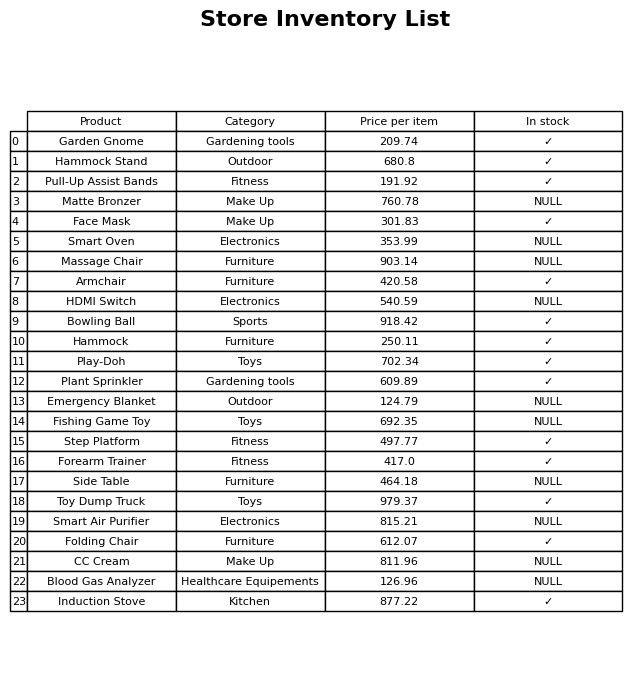
question: What is the price for Step Platform?
answer: The price of Step Platform is 497.77.